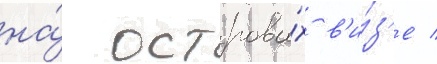
на́ острова́х в'и́з'е /